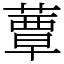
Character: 蕈